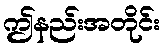
ဤနည်းအတိုင်း